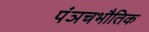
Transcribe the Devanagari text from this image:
पंञचभौतिक